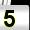
Digit: 5